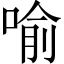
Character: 喻